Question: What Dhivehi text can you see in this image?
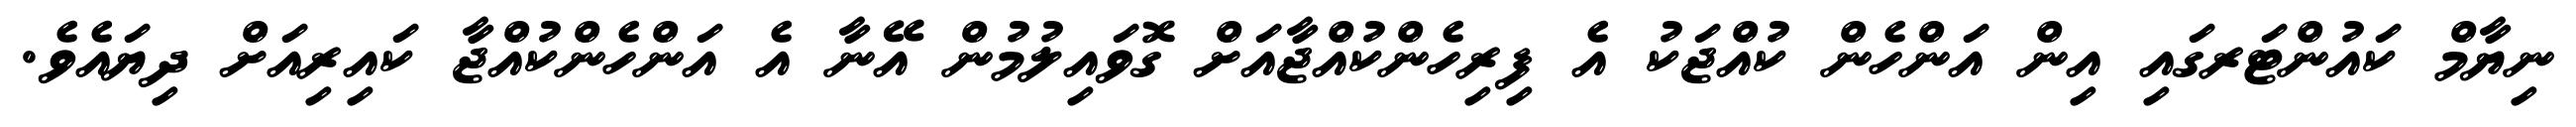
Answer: ނިޔާމް ކައުންޓަރގައި އިން އަންހެން ކުއްޖަކު އެ ފިރިހެންކުއްޖާއަށް ގޮވައިލުމުން އޭނާ އެ އަންހެންކުއްޖާ ކައިރިއަށް ދިޔައެވެ.